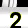
Digit: 2